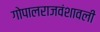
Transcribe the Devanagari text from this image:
गोपालराजवंशावली